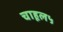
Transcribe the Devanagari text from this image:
चाहूल५